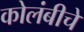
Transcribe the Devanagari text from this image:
कोलंबीचे